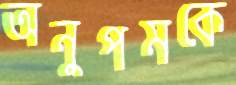
অনুপমকে